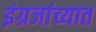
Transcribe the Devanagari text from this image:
इंग्रजांच्यात